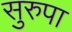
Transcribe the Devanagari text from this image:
सुरुपा